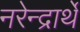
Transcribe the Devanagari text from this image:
नरेन्द्रार्थे